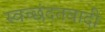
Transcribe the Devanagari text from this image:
स्वच्छंदतवादी